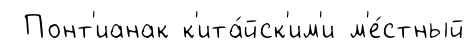
Понт'ианак к'ита́йск'им'и м'е́стный